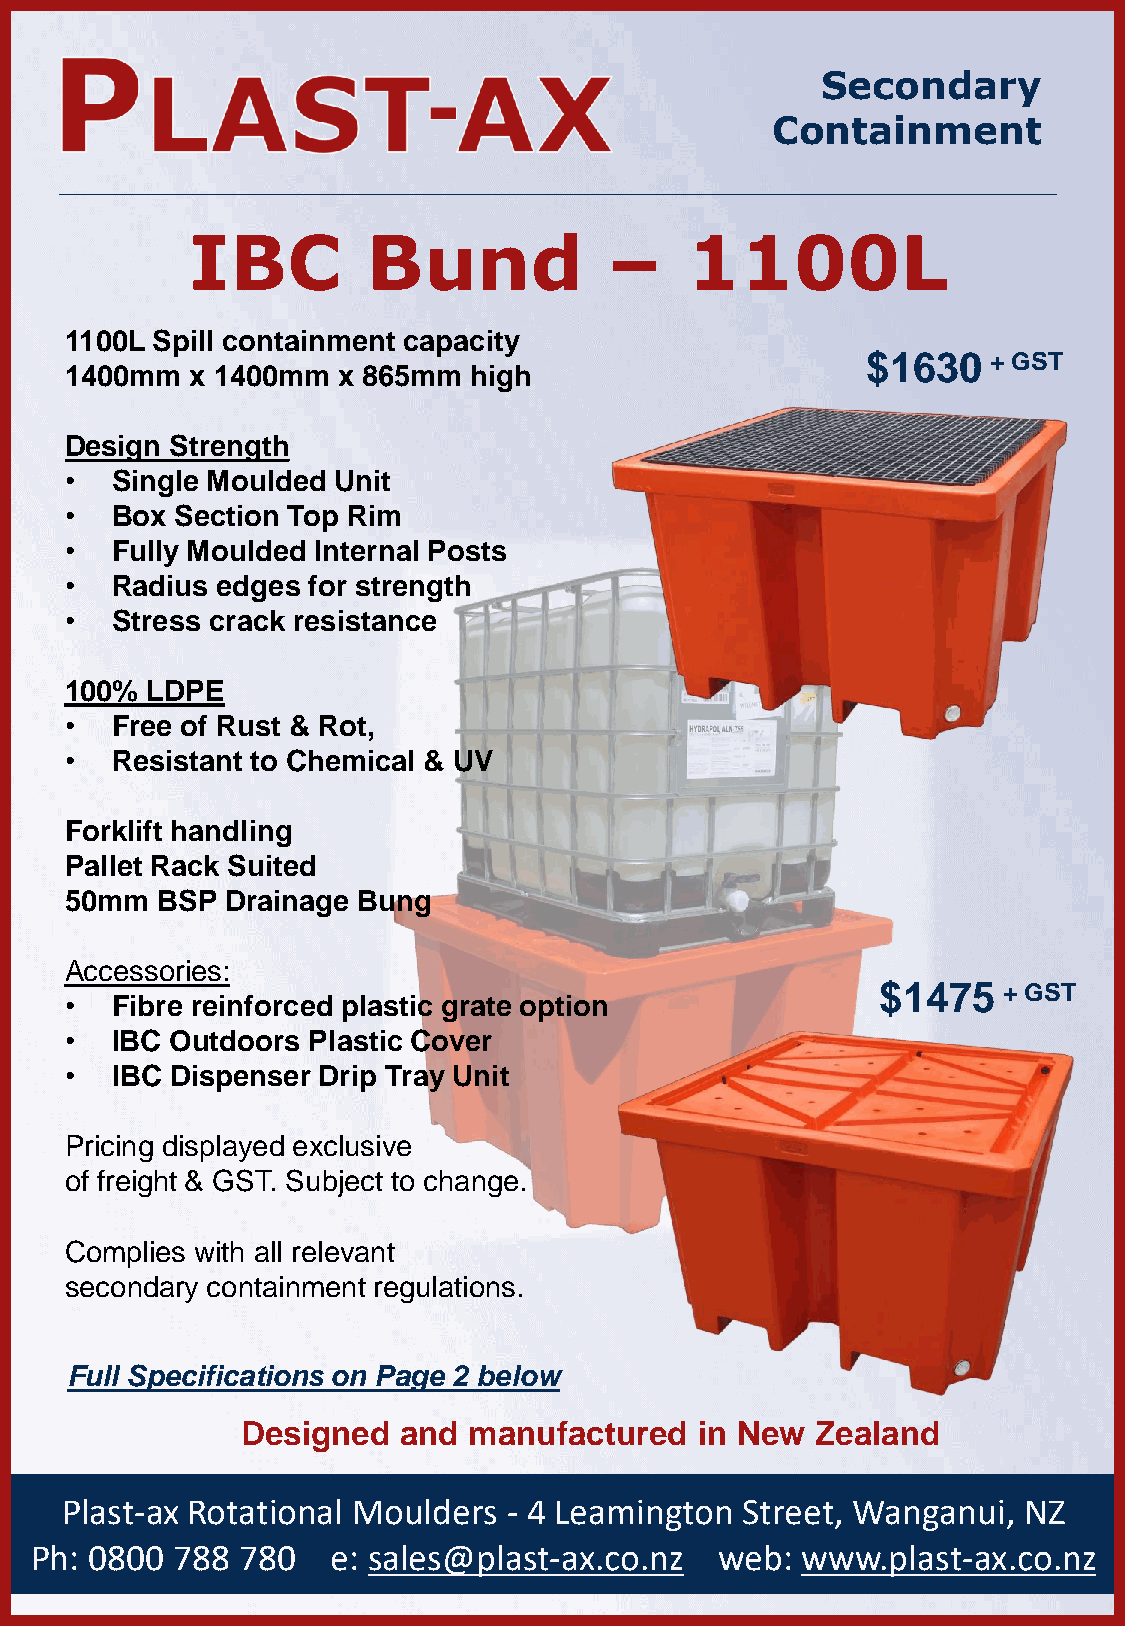
Secondary
 Containment
 IBC        Bund            –     1100L
 1100L Spill containment capacity
 $1630    + GST
 1400mm   x 1400mm x 865mm  high
 Design Strength
 •  Single Moulded Unit
 •  Box  Section Top Rim
 •  Fully Moulded Internal Posts
 •  Radius edges for strength
 •  Stress crack resistance
 100%  LDPE
 •  Free of Rust & Rot,
 •  Resistant to Chemical & UV
 Forklift handling
 Pallet Rack Suited
 50mm  BSP  Drainage Bung
 Accessories:
 $1475   + GST
 •  Fibre reinforced plastic grate option
 •  IBC Outdoors Plastic Cover
 •  IBC Dispenser Drip Tray Unit
 Pricing displayed exclusive
 of freight & GST. Subject to change.
 Complies with all relevant
 secondary containment regulations.
 Full Specifications on Page 2 below
 Designed  and  manufactured   in New  Zealand
 Plast-ax Rotational Moulders  - 4 Leamington Street, Wanganui,  NZ
 Ph: 0800 788  780   e: sales@plast-ax.co.nz   web: www.plast-ax.co.nz